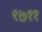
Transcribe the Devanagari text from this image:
९७११